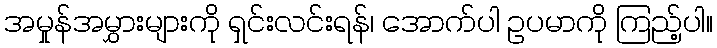
အမှုန်အမွှားများကို ရှင်းလင်းရန်၊ အောက်ပါ ဥပမာကို ကြည့်ပါ။